Sketch of the medical history of the native army of Bombay, for the year
Year: 1875
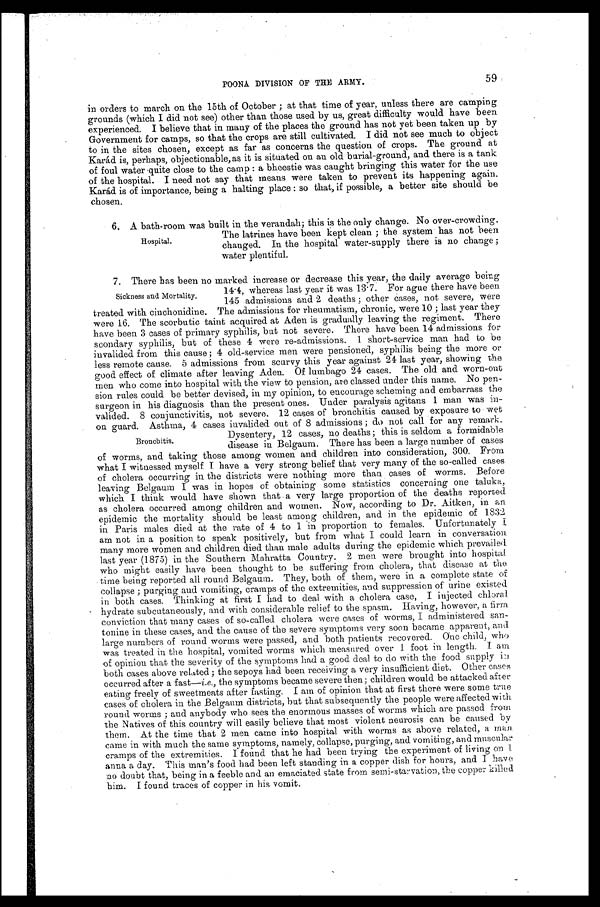
59
POONA DIVISION OF THE ARMY.
in orders to march on the 15th of October; at that time of year, unless there are camping
grounds (which I did not see) other than those used by us, great difficulty would have been
experienced. I believe that in many of the places the ground has not yet been taken up by
Government for camps, so that the crops are still cultivated. I did not see much to object
to in the sites chosen, except as far as concerns the question of crops. The ground at
Karád is, perhaps, objectionable, as it is situated on an old burial-ground, and there is a tank
of foul water quite close to the camp: a bheestie was caught bringing this water for the use
of the hospital. I need not say that means were taken to prevent its happening again.
Karád is of importance, being a halting place: so that, if possible, a better site should be
chosen.
6 . A b a t h - r o o m w a s b u i l t i n t h e v e r a n d a h ; t h i s i s t h e o n l y c h a n g e . N o o v e r - c r o w d i n g .
The latrines have been kept clean; the system has not been
changed. In the hospital water-supply there is no change;
water plentiful.
7. There has been no marked increase or decrease this year, the daily average being
1 4 . 4 , w h e r e a s l a s t y e a r i t w a s 1 3 . 7 . F o r a g u e t h e r e h a v e b e e n
145 admissions and 2 deaths; other cases, not severe, were
treated with cinchonidine. The admissions for rheumatism, chronic, were 10; last year they
were 16. The scorbutic taint acquired at Aden is gradually leaving the regiment. There
have been 3 cases of primary syphilis, but not severe. There have been 14 admissions for
scondary syphilis, but of these 4 were re-admissions. 1 short-service man had to be
invalided from this cause; 4 old-service men were pensioned, syphilis being the more or
less remote cause. 5 admissions from scurvy this year against 24 last year, showing the
good effect of climate after leaving Aden. Of lumbago 24 cases. The old and worn-out
men who come into hospital with the view to pension, are classed under this name. No pen
-
sion rules could be better devised, in my opinion, to encourage scheming and embarrass the
surgeon in his diagnosis than the present ones. Under paralysis agitans 1 man was in
-
valided. 8 conjunctivitis, not severe. 12 cases of bronchitis caused by exposure to wet
on guard. Asthma, 4 cases invalided out of 8 admissions; do not call for any remark.
Dysentery, 12 cases, no deaths; this is seldom a formidable
disease in Belgaum. There has been a large number of cases
of worms, and taking those among women and children into consideration, 300. From
what I witnessed myself I have a very strong belief that very many of the so-called cases
of cholera occurring in the districts were nothing more than cases of worms. Before
leaving Belgaum I was in hopes of obtaining some statistics concerning one taluka,
which I think would have shown that a very large proportion of the deaths reported
as cholera occurred among children and women. Now, according to Dr. Aitken, in an
epidemic the mortality should be least among children, and in the epidemic of 1832
in Paris males died at the rate of 4 to 1 in proportion to females. Unfortunately
I
am not in a position to speak positively, but from what I could learn in conversation
many more women and children died than male adults during the epidemic which prevailed
last year (1875) in the Southern Mahratta Country. 2 men were brought into hospital.
who might easily have been thought to be suffering from cholera, that disease at the
time being reported all round Belgaum. They, both of them, were in a complete state of
collapse; purging and vomiting, cramps of the extremities, and suppression of urine existed
in both cases. Thinking at first I had to deal with a cholera case, I injected chloral
hydrate subcutaneously, and with considerable relief to the spasm. Having, however, a firm
conviction that many cases of so-called cholera were cases of worms, I administered san
-
tonine in these cases, and the cause of the severe symptoms very soon became apparent, and
large numbers of round worms were passed, and both patients recovered. One child, who
was treated in the hospital, vomited worms which measured over 1 foot in length. I am
of opinion that the severity of the symptoms had a good deal to do with the food supply in
both cases above related; the sepoys had been receiving a very insufficient diet. Other cases
occurred after a fast—i.e., the symptoms became severe then; children would be attacked after
eating freely of sweetmeats after fasting. I am of opinion that at first there were some true
cases of cholera in the Belgaum districts, but that subsequently the people were affected with
round worms; and anybody who sees the enormous masses of worms which are passed from
the Natives of this country will easily believe that most violent neurosis can be caused by
them. At the time that 2 men came into hospital with worms as above related, a man
came in with much the same symptoms, namely, collapse, purging, and vomiting, and muscular
cramps of the extremities. I found that he had been trying the experiment of living on 1
anna a day. This man's food had been left standing in a copper dish for hours, and I have
no doubt that, being in a feeble and an emaciated state from semi-starvation, the copper killed
him. I found traces of copper in his vomit.
Hospital.
Sickness and Mortality.
Bronchitis.